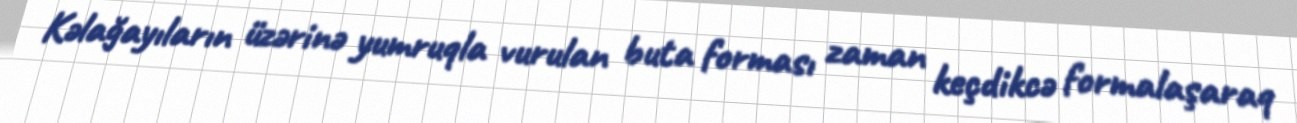
Kəlağayıların üzərinə yumruqla vurulan buta forması zaman keçdikcə formalaşaraq